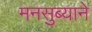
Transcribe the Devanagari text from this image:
मनसुब्याने